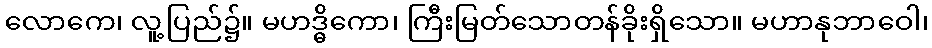
လောကေ၊ လူ့ပြည်၌။ မဟဒ္ဓိကော၊ ကြီးမြတ်သောတန်ခိုးရှိသော။ မဟာနုဘာဝေါ၊